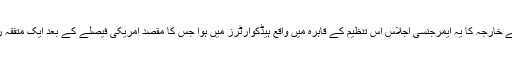
عرب لیگ کے وزرائے خارجہ کا یہ ایمرجنسی اجلاس اس تنظیم کے قاہرہ میں واقع ہیڈکوارٹرز میں ہوا جس کا مقصد امریکی فیصلے کے بعد ایک متفقہ ردعمل متعین کرنا تھا۔